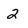
Character: 2